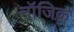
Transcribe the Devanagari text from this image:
नॉजिक